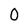
Character: 0